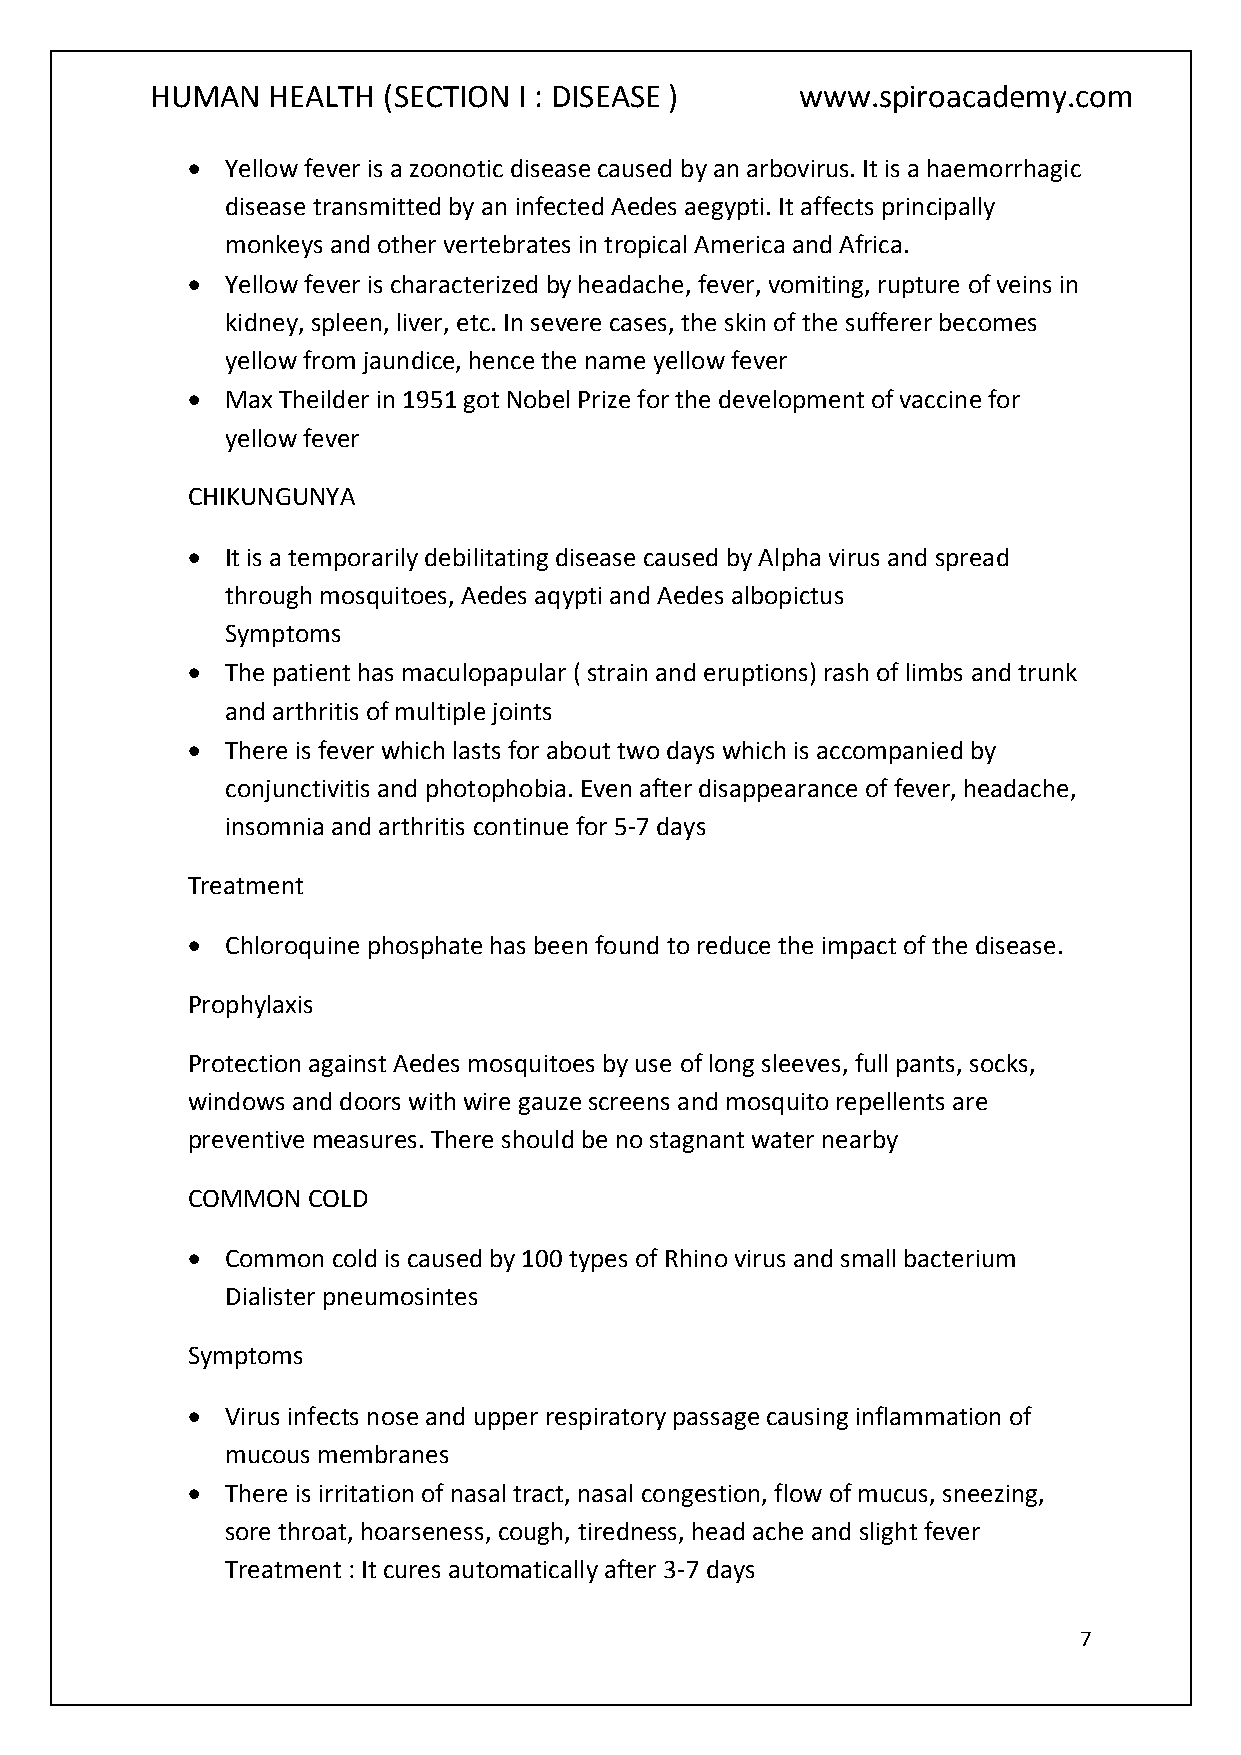
HUMAN   HEALTH (SECTION I : DISEASE )      www.spiroacademy.com
   Yellow fever is a zoonotic disease caused by an arbovirus. It is a haemorrhagic
 disease transmitted by an infected Aedes aegypti. It affects principally
 monkeys and other vertebrates in tropical America and Africa.
   Yellow fever is characterized by headache, fever, vomiting, rupture of veins in
 kidney, spleen, liver, etc. In severe cases, the skin of the sufferer becomes
 yellow from jaundice, hence the name yellow fever
   Max Theilder in 1951 got Nobel Prize for the development of vaccine for
 yellow fever
 CHIKUNGUNYA
   It is a temporarily debilitating disease caused by Alpha virus and spread
 through mosquitoes, Aedes aqypti and Aedes albopictus
 Symptoms
   The patient has maculopapular ( strain and eruptions) rash of limbs and trunk
 and arthritis of multiple joints
   There is fever which lasts for about two days which is accompanied by
 conjunctivitis and photophobia. Even after disappearance of fever, headache,
 insomnia and arthritis continue for 5-7 days
 Treatment
   Chloroquine phosphate has been found to reduce the impact of the disease.
 Prophylaxis
 Protection against Aedes mosquitoes by use of long sleeves, full pants, socks,
 windows and doors with wire gauze screens and mosquito repellents are
 preventive measures. There should be no stagnant water nearby
 COMMON  COLD
   Common cold is caused by 100 types of Rhino virus and small bacterium
 Dialister pneumosintes
 Symptoms
   Virus infects nose and upper respiratory passage causing inflammation of
 mucous membranes
   There is irritation of nasal tract, nasal congestion, flow of mucus, sneezing,
 sore throat, hoarseness, cough, tiredness, head ache and slight fever
 Treatment : It cures automatically after 3-7 days
 7